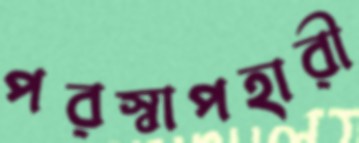
পরস্বাপহারী